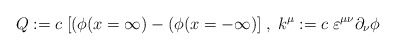
\begin{align*}Q:=c\; [(\phi (x=\infty )-(\phi (x=-\infty )]\; ,\; k^{\mu }:=c\; \varepsilon ^{\mu \nu }\partial _{\nu }\phi\end{align*}